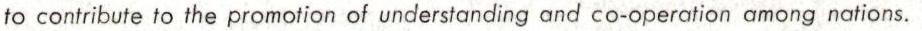
to contribute to the promotion of understanding and co-operation among nations.